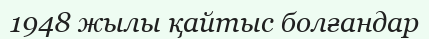
1948 жылы қайтыс болғандар